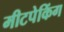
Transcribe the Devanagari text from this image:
मीटपेकिंग